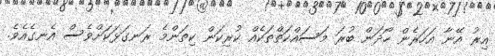
އިރު އޭނާ އަހަރެން ހޯދަން ބުރަ މަސައްކަތްތަކެއް ކުރިކަން ކިތަންމެ ރަނގަޅަކަށްވެސް އެނގެއެވެ.